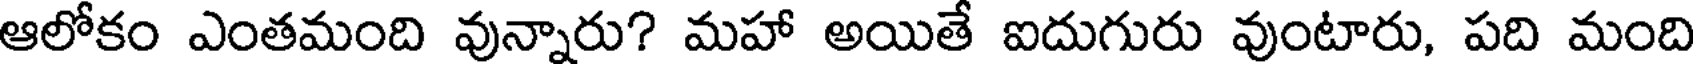
ఆలోకం ఎంతమంది వున్నారు? మహా అయితే ఐదుగురు వుంటారు, పది మంది